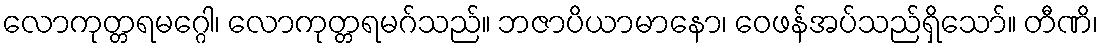
လောကုတ္တရမဂ္ဂေါ၊ လောကုတ္တရမဂ်သည်။ ဘဇာပိယာမာနော၊ ဝေဖန်အပ်သည်ရှိသော်။ တီဏိ၊